Riigikantselei, lk 57
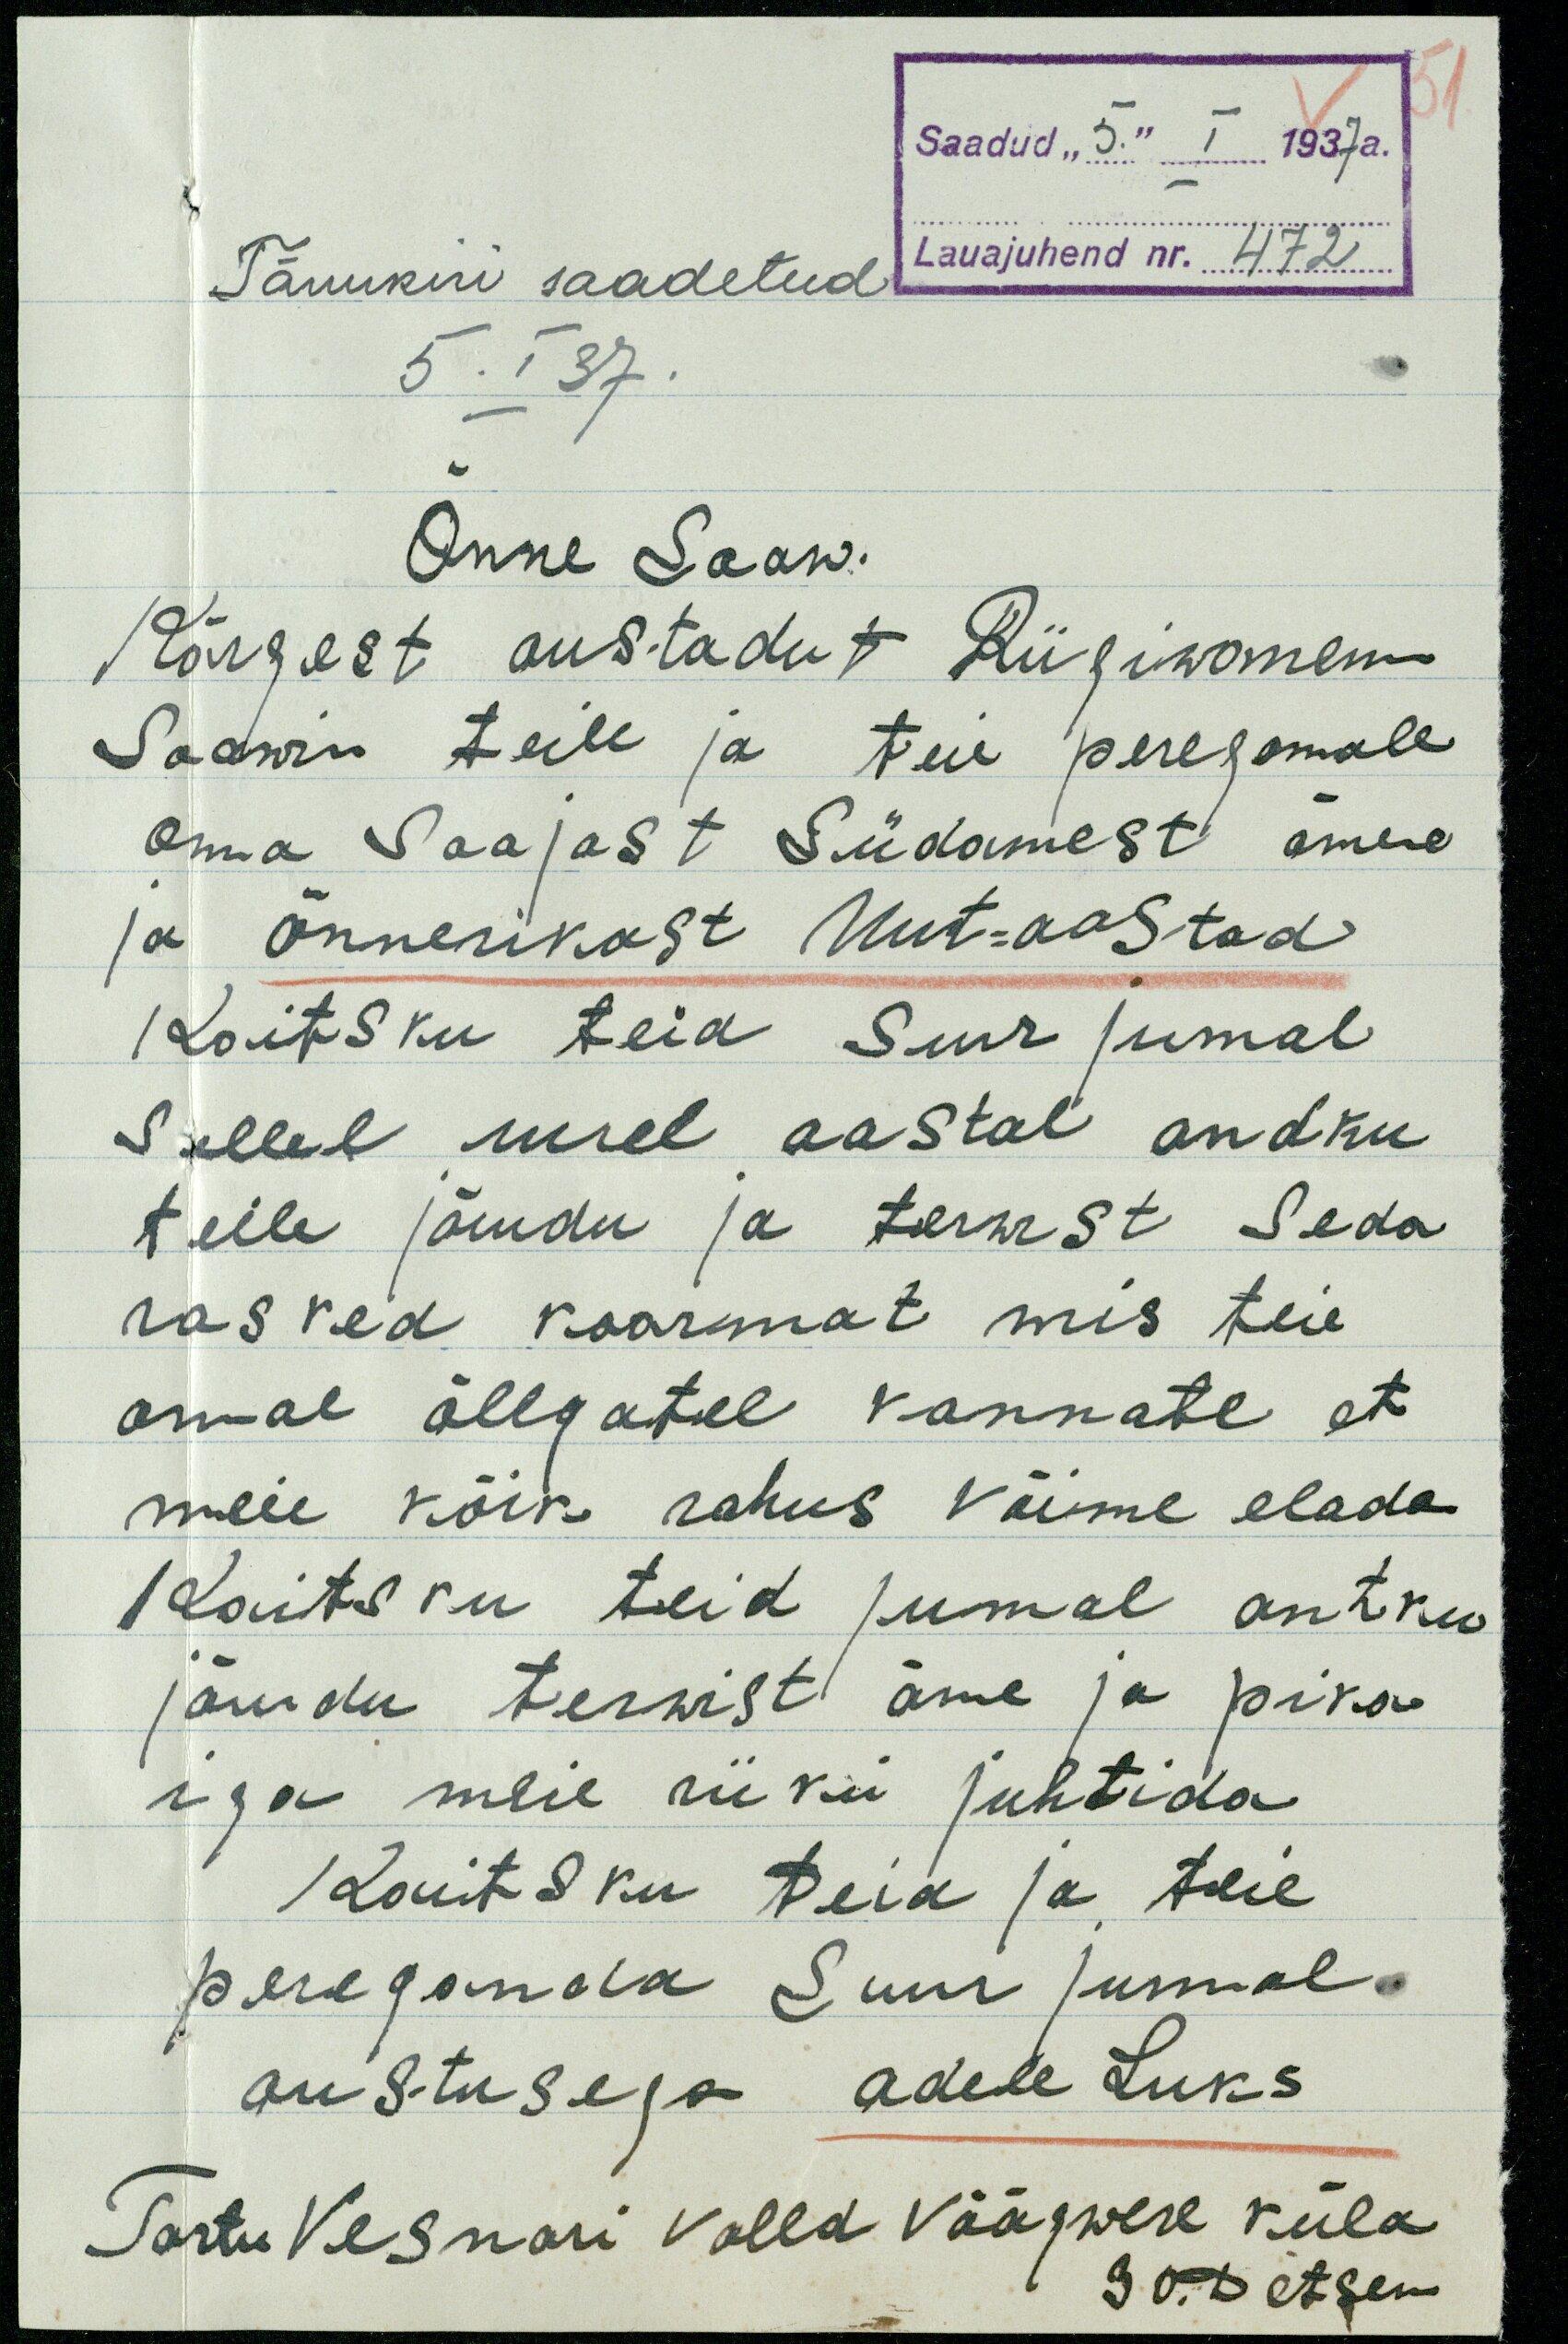
Saadud "5" I 1937 a.
Lauajuhend nr. 472
Tänukiri saadetud
5. I 37.
Õnne Soow.
Kõrgest austatud Riigiwanem
Soowin teile ja teie peregonnale
oma Soojast Südamest õnne
ja õnnerikast Uut-aastad
Kaitsku teid Suur jumal
Sellel uuel aastal andku
teile jõudu ja terwist seda
rasked koormat mis teie
omal õllgatel kannate et
meie kõik rahus võime elada
Kaitsku teid jumal antku
jõudu terwist õnne ja pika
iga meie riiki juhtida
Kaitsku teid ja teie
peregonda Suur jumal.
austuse ja Adele Luks
Tartu Vesnari valla Väägwere küla
30. Detsem